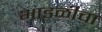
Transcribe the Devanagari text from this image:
भाडळीचा